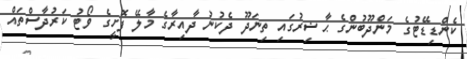
ކެންޑިޑޭޓުގެ މަންދޫބުންގެ ޙާޟިރުގައި ތިނަދޫ ދެކުނު ދާއިރާގެ މާލޭ ފޮށީގެ ވޯޓު ކަރުދާސްތައް